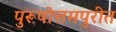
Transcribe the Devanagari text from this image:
पुरूषोत्तमपुरीत